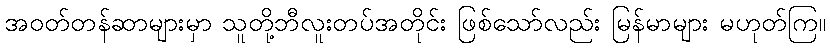
အဝတ်တန်ဆာများမှာ သူတို့ဘီလူးတပ်အတိုင်း ဖြစ်သော်လည်း မြန်မာများ မဟုတ်ကြ။